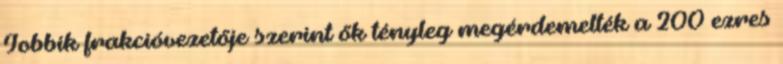
Jobbik frakcióvezetője szerint ők tényleg megérdemelték a 200 ezres